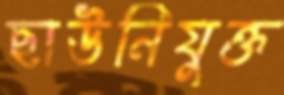
ছাউনিযুক্ত